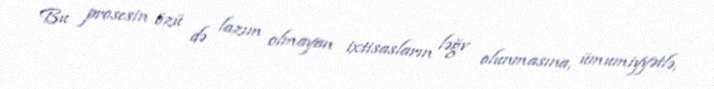
Bu prosesin özü də lazım olmayan ixtisasların ləğv olunmasına, ümumiyyətlə,